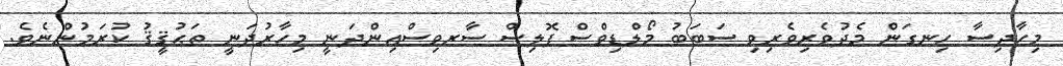
މިހާދިސާ ހިނގަން މެދުވެރިވެރިވި ސަބަބު މޯލްޑިވްސް ޕޮލިސް ސާރވިސްއިންދަނީ މިހާރުދަނީ ތަޙުޤީޤު ކުރަމުންނެވެ.